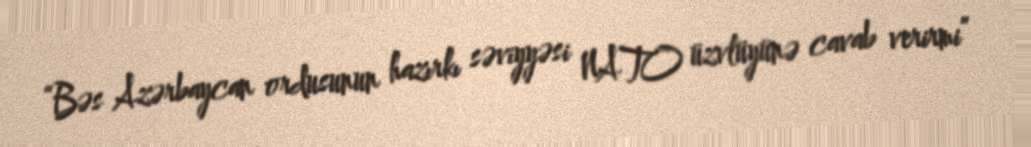
“Bəs Azərbaycan ordusunun hazırkı səviyyəsi NATO üzvlüyünə cavab verirmi”